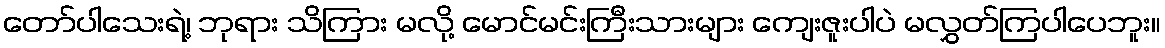
တော်ပါသေးရဲ့၊ ဘုရား သိကြား မလို့ မောင်မင်းကြီးသားများ ကျေးဇူးပါပဲ မလွှတ်ကြပါပေဘူး။